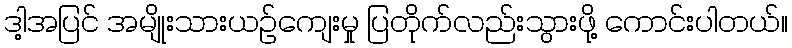
ဒါ့အပြင် အမျိုးသားယဉ်ကျေးမှု ပြတိုက်လည်းသွားဖို့ ကောင်းပါတယ်။